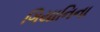
ગિયાનિના